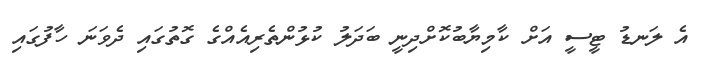
އެ ލަނޑު ޓީސީ އަށް ކާމިޔާބުކޮށްދިނީ ބަދަލު ކުޅުންތެރިއެއްގެ ގޮތުގައި ދެވަނަ ހާފުގައި